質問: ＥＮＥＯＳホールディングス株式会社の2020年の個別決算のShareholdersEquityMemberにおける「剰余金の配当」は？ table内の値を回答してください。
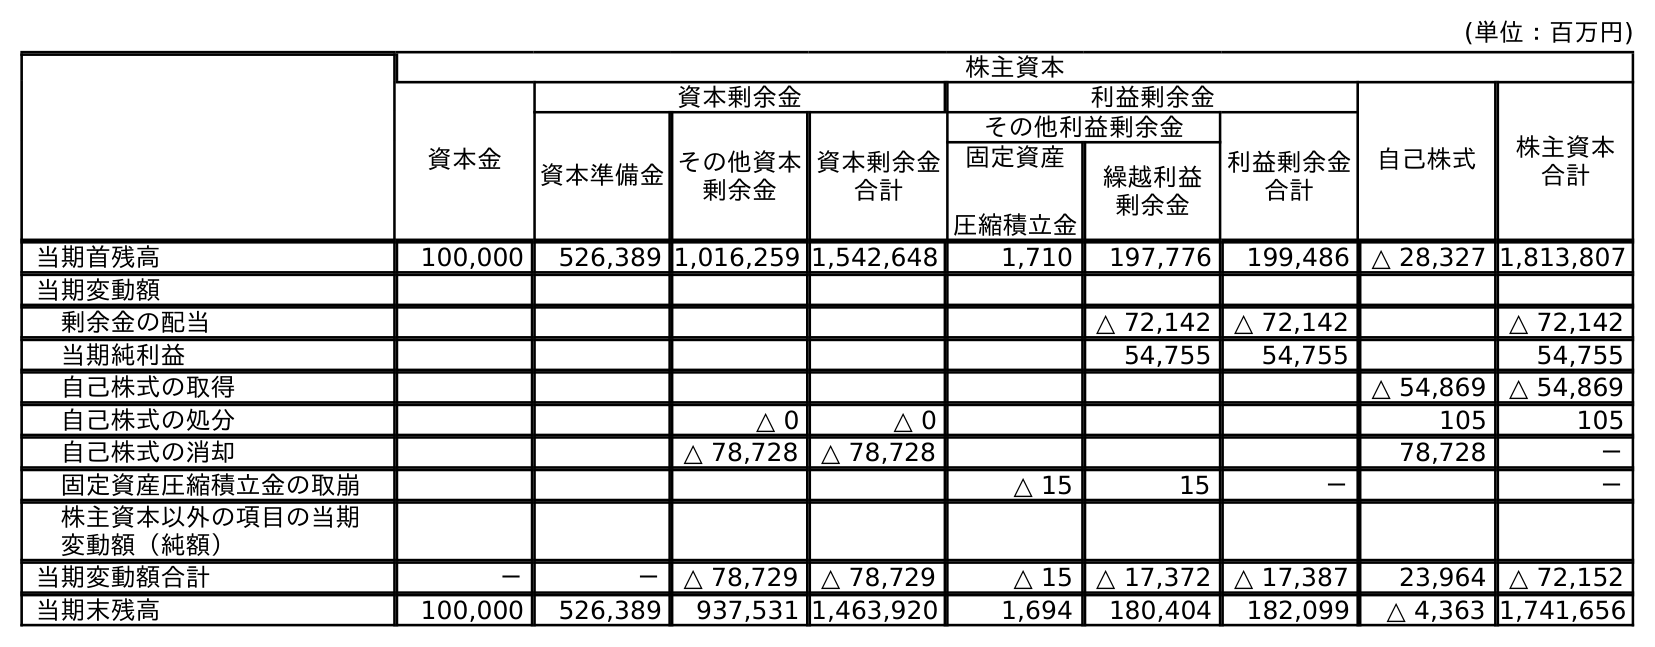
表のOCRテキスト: (単位：百万円) 株主資本 資本金 資本剰余金 利益剰余金 自己株式 株主資本 合計 資本準備金その他資本 剰余金 資本剰余金 合計 その他利益剰余金 利益剰余金 合計 固定資産 圧縮積立金 繰越利益 剰余金 当期首残高 100,000 526,389 1,016,259 1,542,648 1,710 197,776 199,486 △ 28,327 1,813,807 当期変動額 剰余金の配当 △ 72,142 △ 72,142 △ 72,142 当期純利益 54,755 54,755 54,755 自己株式の取得 △ 54,869 △ 54,869 自己株式の処分 △ 0 △ 0 105 105 自己株式の消却 △ 78,728 △ 78,728 78,728 － 固定資産圧縮積立金の取崩 △ 15 15 － － 株主資本以外の項目の当期 変動額（純額） 当期変動額合計 － － △ 78,729 △ 78,729 △ 15 △ 17,372 △ 17,387 23,964 △ 72,152 当期末残高 100,000 526,389 937,531 1,463,920 1,694 180,404 182,099 △ 4,363 1,741,656
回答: △72,142